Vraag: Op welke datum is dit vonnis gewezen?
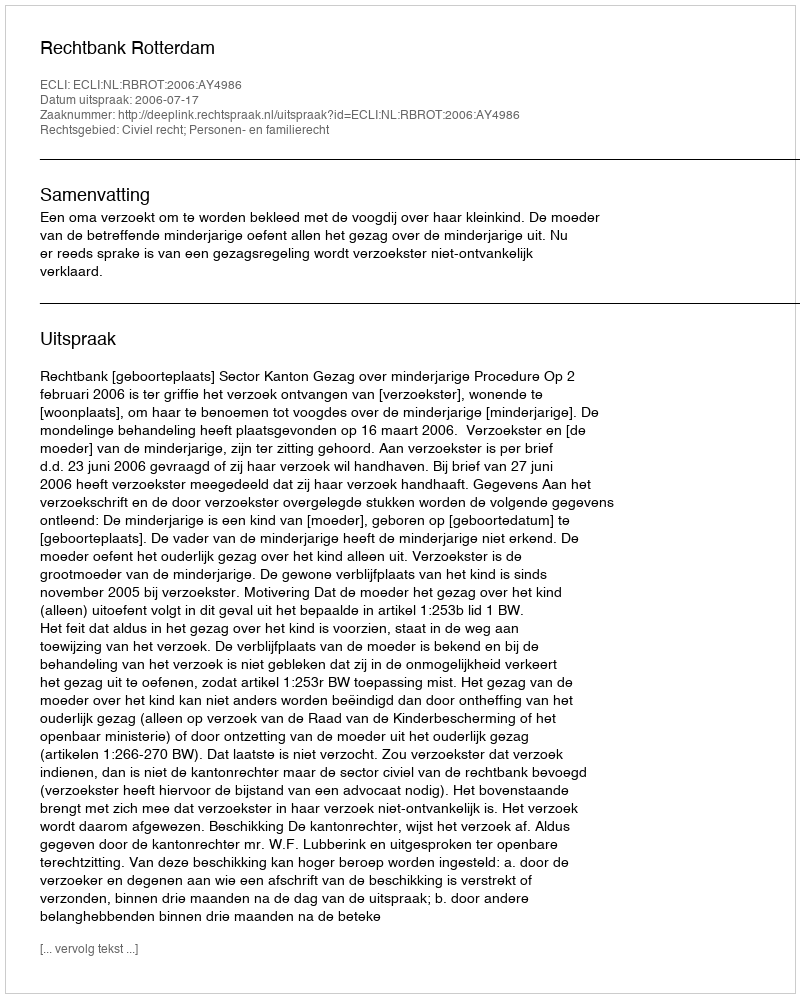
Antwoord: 2006-07-17